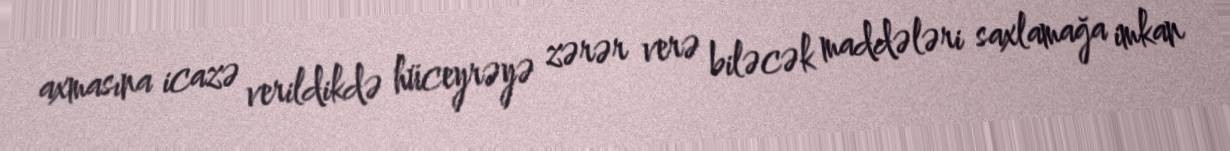
axmasına icazə verildikdə hüceyrəyə zərər verə biləcək maddələri saxlamağa imkan